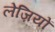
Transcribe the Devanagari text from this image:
लेज़ियों